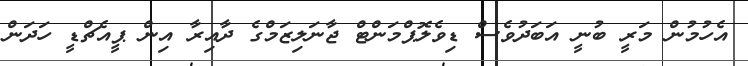
އެހުމުން މަރީ ބުނީ އަބަދުވެސް ޑިވެލޮޕްމަންޓް ޖާނަލިޒަމްގެ ދާއިރާ އިން ޕީއެޗްޑީ ހަދަން